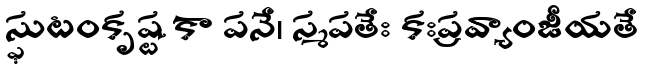
స్ఫుటంకృష్ట కా పనే। స్మపతేః కఃప్రవ్యాంజీయతే